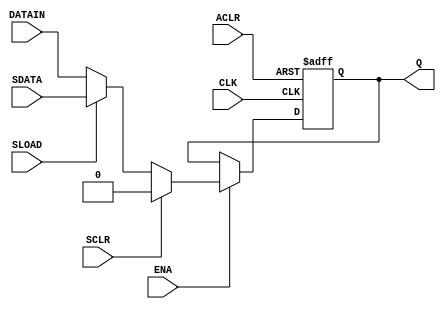
// This program was cloned from: https://github.com/Nitcloud/Digital-IDE
// License: GNU General Public License v3.0

// The four D flip-flops (DFFs) in a Cyclone V/10GX Adaptive Logic Module (ALM)
// act as one-bit memory cells that can be placed very flexibly (wherever there's
// an ALM); each flop is represented by a MISTRAL_FF cell.
//
// The flops in these chips are rather flexible in some ways, but in practice
// quite crippled by FPGA standards.
//
// What the flops can do
// ---------------------
// The core flop acts as a single-bit memory that initialises to zero at chip
// reset. It takes in data on the rising edge of CLK if ENA is high,
// and outputs it to Q. The ENA (clock enable) pin can therefore be used to
// capture the input only if a condition is true.
//
// The data itself is zero if SCLR (synchronous clear) is high, else it comes
// from SDATA (synchronous data) if SLOAD (synchronous load) is high, or DATAIN
// if SLOAD is low.
//
// If ACLR (asynchronous clear) is low then Q is forced to zero, regardless of
// the synchronous inputs or CLK edge. This is most often used for an FPGA-wide
// power-on reset.
//
// An asynchronous set that sets Q to one can be emulated by inverting the input
// and output of the flop, resulting in ACLR forcing Q to zero, which then gets
// inverted to produce one. Likewise, logic can operate on the falling edge of
// CLK if CLK is inverted before being passed as an input.
//
// What the flops *can't* do
// -------------------------
// The trickiest part of the above capabilities is the lack of configurable
// initialisation state. For example, it isn't possible to implement a flop with
// asynchronous clear that initialises to one, because the hardware initialises
// to zero. Likewise, you can't emulate a flop with asynchronous set that
// initialises to zero, because the inverters mean the flop initialises to one.
//
// If the input design requires one of these cells (which appears to be rare
// in practice) then synth_intel_alm will fail to synthesize the design where
// other Yosys synthesis scripts might succeed.
//
// This stands in notable contrast to e.g. Xilinx flip-flops, which have
// configurable initialisation state and native synchronous/asynchronous
// set/clear (although not at the same time), which means they can generally
// implement a much wider variety of logic.

// DATAIN: synchronous data input
// CLK: clock input (positive edge)
// ACLR: asynchronous clear (negative-true)
// ENA: clock-enable
// SCLR: synchronous clear
// SLOAD: synchronous load
// SDATA: synchronous load data
//
// Q: data output
//
// Note: the DFFEAS primitive is mostly emulated; it does not reflect what the hardware implements.

(* abc9_box, lib_whitebox *)
module MISTRAL_FF(
    input DATAIN,
    (* clkbuf_sink *) input CLK,
    input ACLR, ENA, SCLR, SLOAD, SDATA,
    output reg Q
);

`ifdef cyclonev
specify
    if (ENA && ACLR !== 1'b0 && !SCLR && !SLOAD) (posedge CLK => (Q : DATAIN)) = 731;
    if (ENA && SCLR) (posedge CLK => (Q : 1'b0)) = 890;
    if (ENA && !SCLR && SLOAD) (posedge CLK => (Q : SDATA)) = 618;

    $setup(DATAIN, posedge CLK, /* -196 */ 0);
    $setup(ENA, posedge CLK, /* -196 */ 0);
    $setup(SCLR, posedge CLK, /* -196 */ 0);
    $setup(SLOAD, posedge CLK, /* -196 */ 0);
    $setup(SDATA, posedge CLK, /* -196 */ 0);

    if (ACLR === 1'b0) (ACLR => Q) = 282;
endspecify
`endif
`ifdef arriav
specify
    if (ENA && ACLR !== 1'b0 && !SCLR && !SLOAD) (posedge CLK => (Q : DATAIN)) = 470;
    if (ENA && SCLR) (posedge CLK => (Q : 1'b0)) = 633;
    if (ENA && !SCLR && SLOAD) (posedge CLK => (Q : SDATA)) = 439;

    $setup(DATAIN, posedge CLK, /* -170 */ 0);
    $setup(ENA, posedge CLK, /* -170 */ 0);
    $setup(SCLR, posedge CLK, /* -170 */ 0);
    $setup(SLOAD, posedge CLK, /* -170 */ 0);
    $setup(SDATA, posedge CLK, /* -170 */ 0);

    if (ACLR === 1'b0) (ACLR => Q) = 215;
endspecify
`endif
`ifdef cyclone10gx
specify
    // TODO (long-term): investigate these numbers.
    // It seems relying on the Quartus Timing Analyzer was not the best idea; it's too fiddly.
    if (ENA && ACLR !== 1'b0 && !SCLR && !SLOAD) (posedge CLK => (Q : DATAIN)) = 219;
    if (ENA && SCLR) (posedge CLK => (Q : 1'b0)) = 219;
    if (ENA && !SCLR && SLOAD) (posedge CLK => (Q : SDATA)) = 219;

    $setup(DATAIN, posedge CLK, 268);
    $setup(ENA, posedge CLK, 268);
    $setup(SCLR, posedge CLK, 268);
    $setup(SLOAD, posedge CLK, 268);
    $setup(SDATA, posedge CLK, 268);

    if (ACLR === 1'b0) (ACLR => Q) = 0;
endspecify
`endif

initial begin
    // Altera flops initialise to zero.
	Q = 0;
end

always @(posedge CLK, negedge ACLR) begin
    // Asynchronous clear
    if (!ACLR) Q <= 0;
    // Clock-enable
	else if (ENA) begin
        // Synchronous clear
        if (SCLR) Q <= 0;
        // Synchronous load
        else if (SLOAD) Q <= SDATA;
        else Q <= DATAIN;
    end
end

endmodule